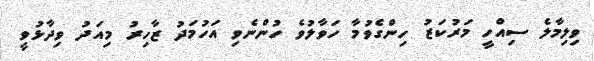
ވިލިމާލެ ސިއްހީ މަރުކަޒު ހިންގެވުމާ ހަވާލުވެ ހުންނެވި އަހުމަދު ޒާހިރު މިއަދު ވިދާޅުވީ